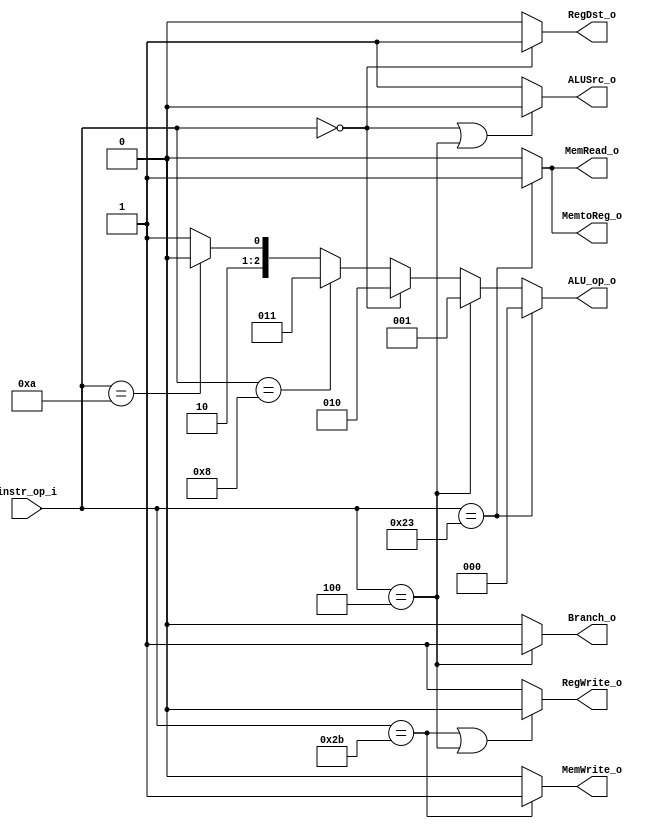
//Subject:     Architecture project 2 - Decoder
//--------------------------------------------------------------------------------
//Version:     1
//--------------------------------------------------------------------------------
//Writer:      
//----------------------------------------------
//Date:        
//----------------------------------------------
//Description: 
//--------------------------------------------------------------------------------

module Decoder(
    instr_op_i,
	RegWrite_o,
	ALU_op_o,
	ALUSrc_o,
	RegDst_o,
	Branch_o,
	MemWrite_o,
	MemRead_o,
	MemtoReg_o
	);
     
//I/O ports
input  [6-1:0] instr_op_i;

output         RegWrite_o;
output [3-1:0] ALU_op_o;
output         ALUSrc_o;
output         RegDst_o;
output         Branch_o;
output		   MemWrite_o;
output		   MemRead_o;
output		   MemtoReg_o;
 
//Internal Signals
reg    [3-1:0] ALU_op_o;//3bit but 2 bit in notes
reg            ALUSrc_o;
reg            RegWrite_o;
reg            RegDst_o;
reg            Branch_o;
reg			   MemWrite_o;
reg			   MemRead_o;
reg			   MemtoReg_o;

//Parameter
parameter ADDI = 6'b001000;
parameter LW   = 6'b100011;
parameter SW   = 6'b101011;
parameter SLTI = 6'b001010;
parameter BEQ  = 6'b000100;

//Main function
always@* begin
  if(instr_op_i == 6'b0) begin
	RegDst_o = 1;
  end else begin
	RegDst_o = 0;
  end
end

always@* begin
	if(instr_op_i == BEQ) begin
		Branch_o = 1;
		//$display("%b BEQ decoder", instr_op_i);
	end else begin
		Branch_o = 0;
		//$display("%b not beq by decoder", instr_op_i);
	end
end

always@* begin
	if(instr_op_i == LW) begin
		MemRead_o = 1;
	end else begin
		MemRead_o = 0;
	end
end

always@* begin
	if(instr_op_i == LW) begin
		MemtoReg_o = 1;
	end else begin
		MemtoReg_o = 0;
	end
end

always@* begin
	if(instr_op_i == LW) begin
		ALU_op_o = 3'b000;//LW
	end else if(instr_op_i == BEQ) begin
		ALU_op_o = 3'b001;//BEQ
	end else if(instr_op_i == 6'b0) begin
		ALU_op_o = 3'b010;//R-type
	end else if(instr_op_i == ADDI) begin
		ALU_op_o = 3'b011;//ADDI
	end else if(instr_op_i == SLTI) begin
		ALU_op_o = 3'b100;//SLTI
	end else begin
		ALU_op_o = 3'b101;//SW
	end
end

always@* begin
	if(instr_op_i == SW) begin
		MemWrite_o = 1;
	end else begin
		MemWrite_o = 0;
	end
end

always@* begin
	if(instr_op_i == 6'b0 || instr_op_i == BEQ) begin
		ALUSrc_o = 0;
	end else begin
		ALUSrc_o = 1;
	end
end

always@* begin
	if(instr_op_i == SW || instr_op_i == BEQ) begin
		RegWrite_o = 0;
	end else begin
		RegWrite_o = 1;
	end
end

endmodule